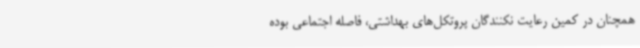
همچنان در کمین رعایت نکنندگان پروتکل‌های بهداشتی، فاصله اجتماعی بوده